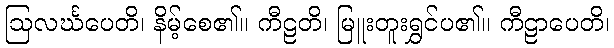
ဩလင်္ဃပေတိ၊ နိမ့်စေ၏။ ကီဠတိ၊ မြူးတူးရွှင်ပ၏။ ကီဠာပေတိ၊